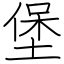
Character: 堡